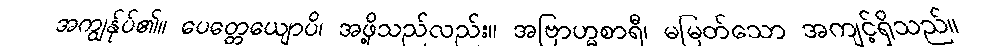
အကျွန်ုပ်၏။ ပေတ္တေယျောပိ၊ အဖို့သည်လည်း။ အဗြာဟ္မစာရီ၊ မမြတ်သော အကျင့်ရှိသည်။